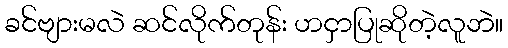
ခင်ဗျားမလဲ ဆင်လိုက်တုန်း ဟငှာပြုဆိုတဲ့လူဘဲ။